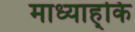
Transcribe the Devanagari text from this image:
माध्याह्कि